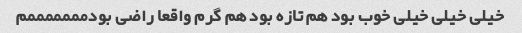
خیلی خیلی خیلی خوب بود هم تازه بود هم گرم واقعا راضی بودمممممممم